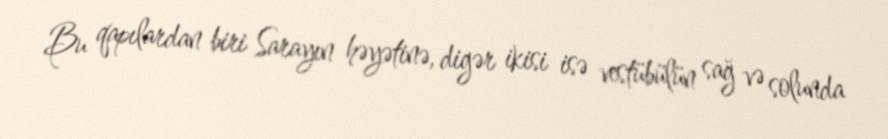
Bu qapılardan biri Sarayın həyətinə, digər ikisi isə vestübülün sağ və solunda